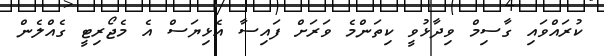
ކުރައްވައި ގާސިމް ވިދާޅުވީ ކިތަންމެ ވަރަށް ފައިސާ އެޅިޔަސް އެ މެޖޯރިޓީ ގެއްލެން